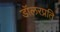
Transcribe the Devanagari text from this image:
डॉलरप्रति